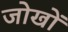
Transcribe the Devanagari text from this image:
जोखों